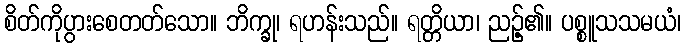
စိတ်ကိုပွားစေတတ်သော။ ဘိက္ခု၊ ရဟန်းသည်။ ရတ္တိယာ၊ ညဉ့်၏။ ပစ္စူသသမယံ၊